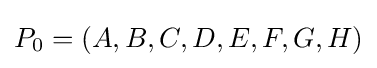
P_{0}=\left(A,B,C,D,E,F,G,H\right)